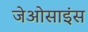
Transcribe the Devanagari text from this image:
जेओसाइंस